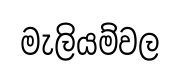
මැලියම්වල